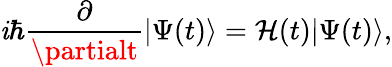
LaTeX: \mathit{i}\hbar\frac{{\partial}}{{\partialt}}\vert\Psi(t)\rangle=\mathcal{{H}}(t)\vert\Psi(t)\rangle,